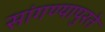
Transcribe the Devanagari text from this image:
सांगण्यापुरते